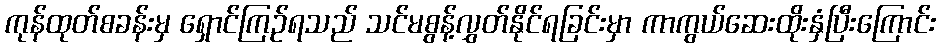
ကုန်ထုတ်စခန်းမှ ရှောင်ကြဉ်ရသည် သင်မစွန့်လွှတ်နိုင်ရခြင်းမှာ ကာကွယ်ဆေးထိုးနှံပြီးကြောင်း